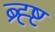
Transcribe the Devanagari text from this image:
ब्र्ह्ष्ट